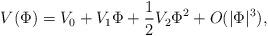
LaTeX: \begin{align*}V(\Phi)=V_0+V_1\Phi+\frac{1}{2}V_2\Phi^2+O(|\Phi|^3),\end{align*}